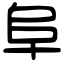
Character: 阜